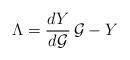
LaTeX: \begin{align*}\Lambda=\frac{dY}{d{\cal G}}\,{\cal G}-Y\end{align*}